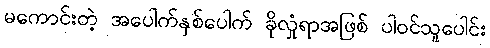
မကောင်းတဲ့ အပေါက်နှစ်ပေါက် ခိုလှုံရာအဖြစ် ပါဝင်သူပေါင်း